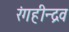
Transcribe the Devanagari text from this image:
रंगहीन्द्रव